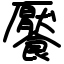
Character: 饜